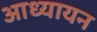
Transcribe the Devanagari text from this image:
आध्यायन